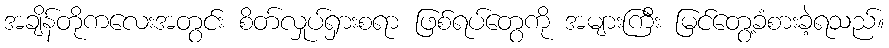
အချိန်တိုကလေးအတွင်း စိတ်လှုပ်ရှားစရာ ဖြစ်ရပ်တွေကို အများကြီး မြင်တွေ့ခံစားခဲ့ရသည်။